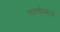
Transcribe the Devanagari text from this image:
तटणीसांचे